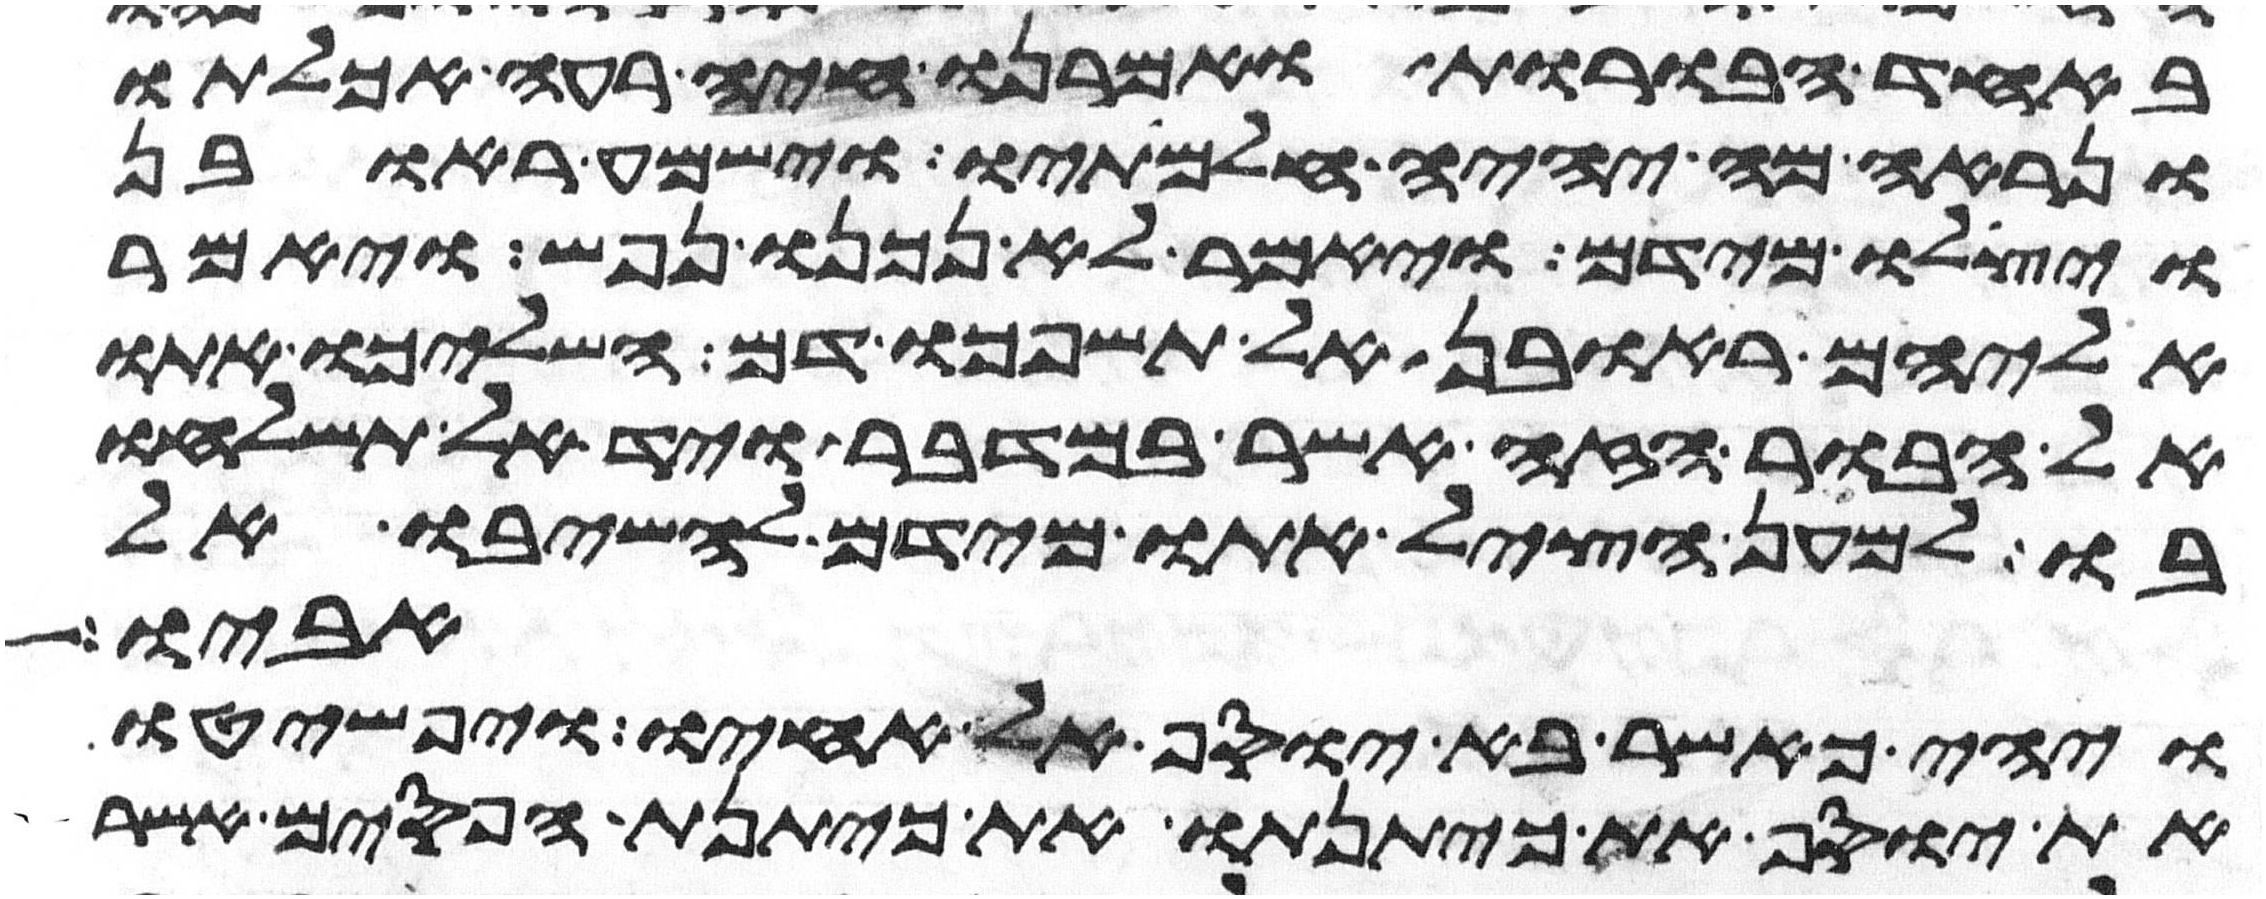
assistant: באחד הבורות ואמרנו חיה רעה אכלתו
ונראה מה יהיה חלמתיו וישמע ראובן
ויצלו מידם ויאמר לא נכנו נפש ויאמר
אליהם ראובן אל תשפכו דם השליכו אתו
אל הבור הזה אשר במדבר ויד אל תשלחו
בו למען הציל אתו מידם להשיבו אל
אביו
ויהי כאשר בא יוסף אל אחיו ויפשטו
את יוסף את כיתנתו את כיתנת הפסים אשר